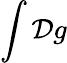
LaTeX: \int{\cal D}g